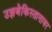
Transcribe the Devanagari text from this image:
उझबेकिस्तानावर